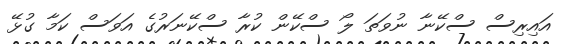
އައިރިސް ސްކޭނާ ނުވަތަ ލޯ ސްކޭން ކުރާ ސްކޭނަރުގެ އަވަސް ކަމާ ގުޅޭ